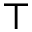
\top